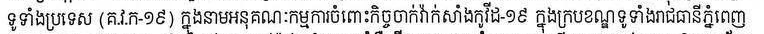
ទូទាំងប្រទេស (គ.វ.ក-១៩) ក្នុងនាមអនុគណៈកម្មការចំពោះកិច្ចចាក់វ៉ាក់សាំងកូវីដ-១៩ ក្នុងក្របខណ្ឌទូទាំងរាជធានី